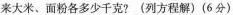
来大米、面粉各多少千克?(列方程解)(6分)